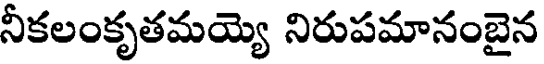
నీకలంకృతమయ్యె నిరుపమానంబైన